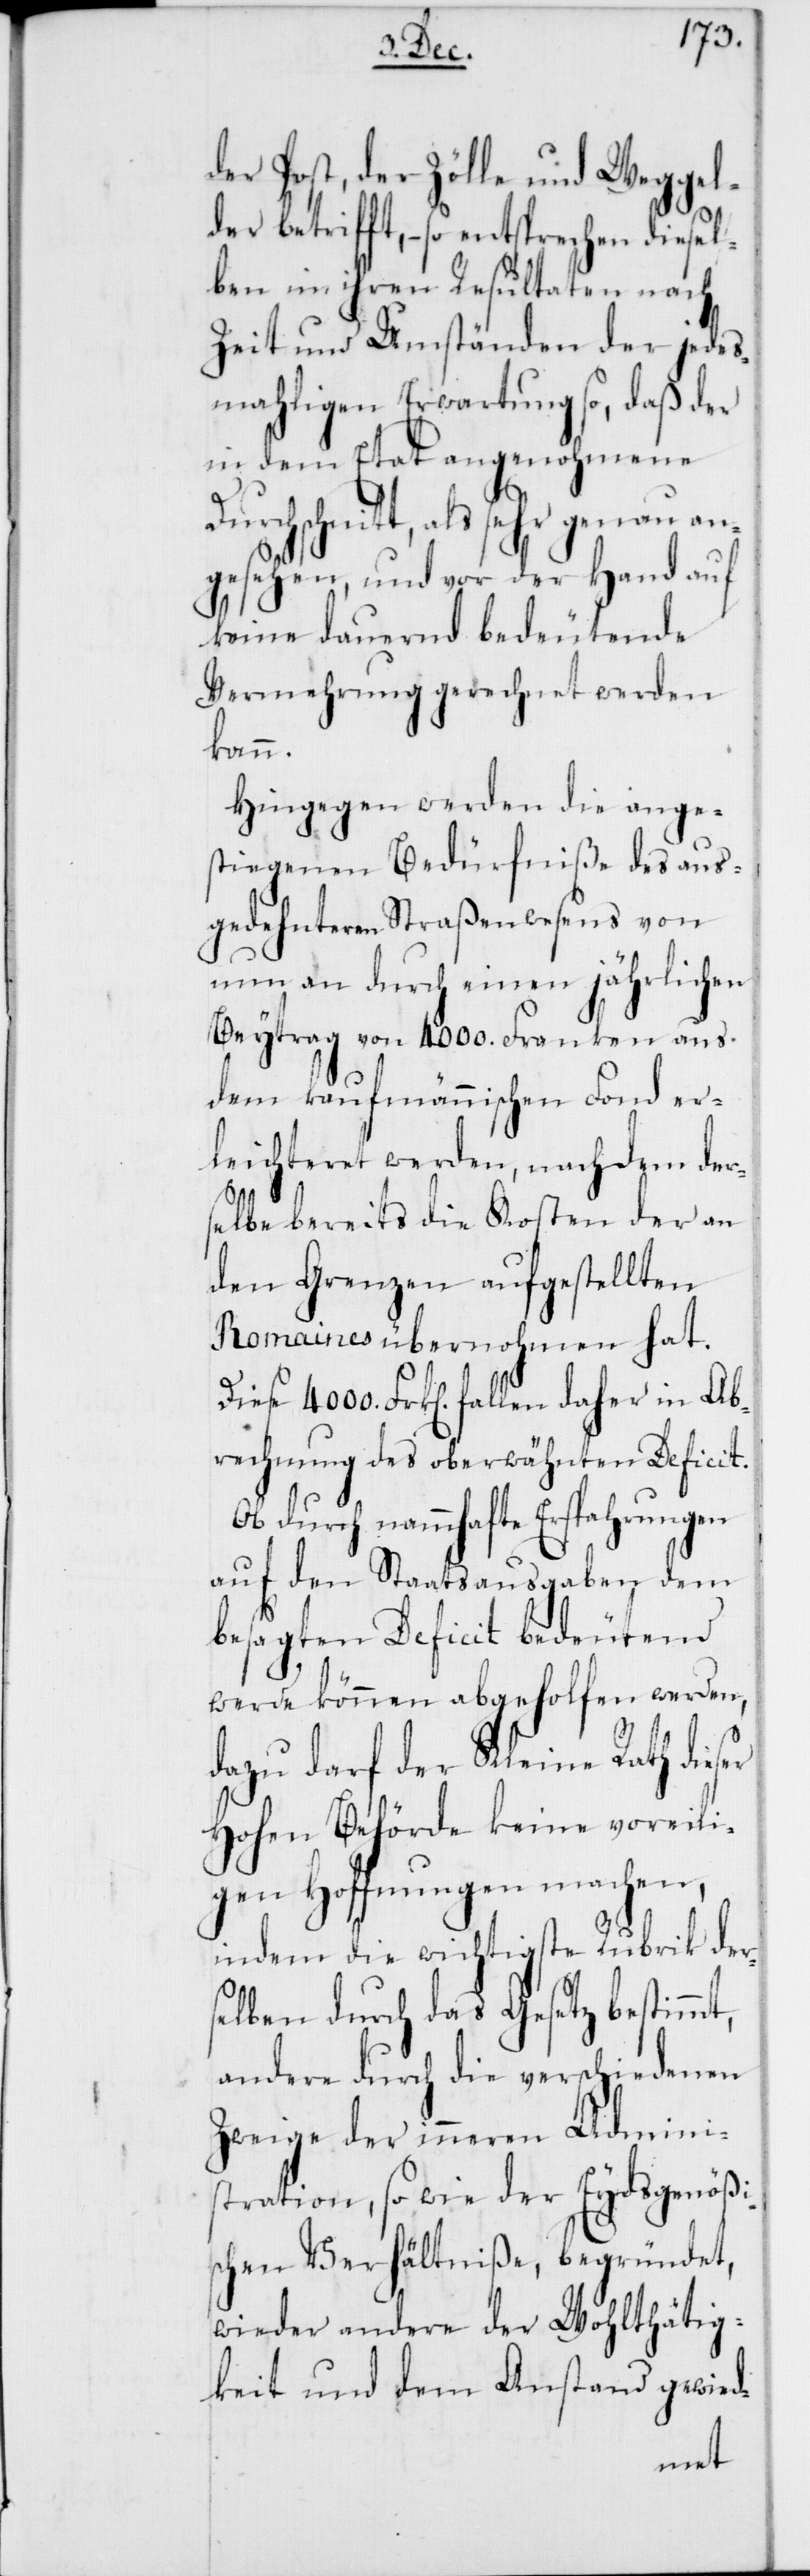
der Post, der Zölle und Weggel¬
der betrifft, – so entsprechen diesel¬
ben in ihren Resultaten nach
Zeit und Umständen der jedes¬
mahligen Erwartung so, daß der
in dem Etat angenohmene
als sehr genau an¬
gesehen, und vor der Hand auf
keine dauernd bedeutende
Vermehrung gerechnet werden
kann.
Hingegen werden die anges¬
tiegenen Bedürfniße des aus¬
gedehnteren Straßenwesens von
nun an durch einen jährlichen
Beytrag von 4000. Franken aus
dem kaufmännischen Fonds er¬
leichteret werden, nachdem der¬
selbe bereits die Kosten der an
den Grenzen aufgestellten
Romaines übernohmen hat.
Diese 4000. Frk[en] fallen daher in Ab¬
rechnung des oberwähnten Deficit.
Ob durch nammhafte Erspahrungen
auf den Staatsausgaben, dem
besagten Deficit bedeutend
werde können abgeholfen werden,
dazu darf der Kleine Rath dieser
Hohen Behörde keine voreili¬
gen Hoffnungen machen,
indem die wichtigste Rubrik der¬
selben durch das Gesetz bestimmt,
andere durch die verschiedenen
Zweige der inneren Admini¬
stration, so wie der Eydsgenößi¬
schen Verhältniße, begründet,
wieder andere der Wohlthätig¬
keit und dem Anstand gewied-